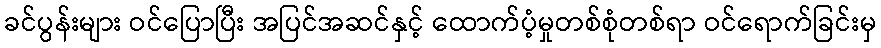
ခင်ပွန်းများ ဝင်ပြောပြီး အပြင်အဆင်နှင့် ထောက်ပံ့မှုတစ်စုံတစ်ရာ ဝင်ရောက်ခြင်းမှ